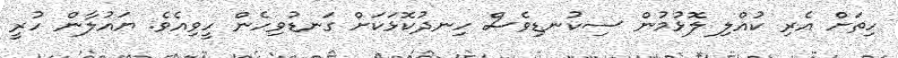
ހިތަށް އެރި ކުއްލި ލޮޅުމުން ސިކުނޑިވެސް ހިނދުކޮޅަކަށް ގަނޑުވިހެން ހީވިއެވެ. ޔައުލާން ހުރީ